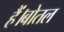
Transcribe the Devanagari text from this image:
हैं।बोतल